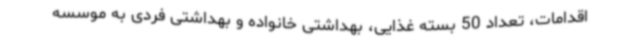
اقدامات، تعداد 50 بسته غذایی، بهداشتی خانواده و بهداشتی فردی به موسسه